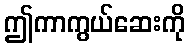
ဤကာကွယ်ဆေးကို